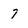
Character: 7